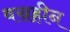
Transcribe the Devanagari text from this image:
वस्रहीन